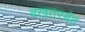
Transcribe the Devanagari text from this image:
बख़तरबंद